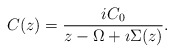
\begin{align*}C(z) = \frac{i C_0}{z-\Omega +\imath\Sigma (z)}.\end{align*}